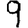
Digit: 9